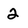
Character: 2